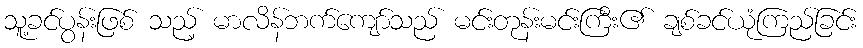
သူ့ခင်ပွန်းဖြစ် သည့် မာလိန်ဘက်ကျော်သည် မင်းတုန်းမင်းကြီး၏ ချစ်ခင်ယုံကြည်ခြင်း